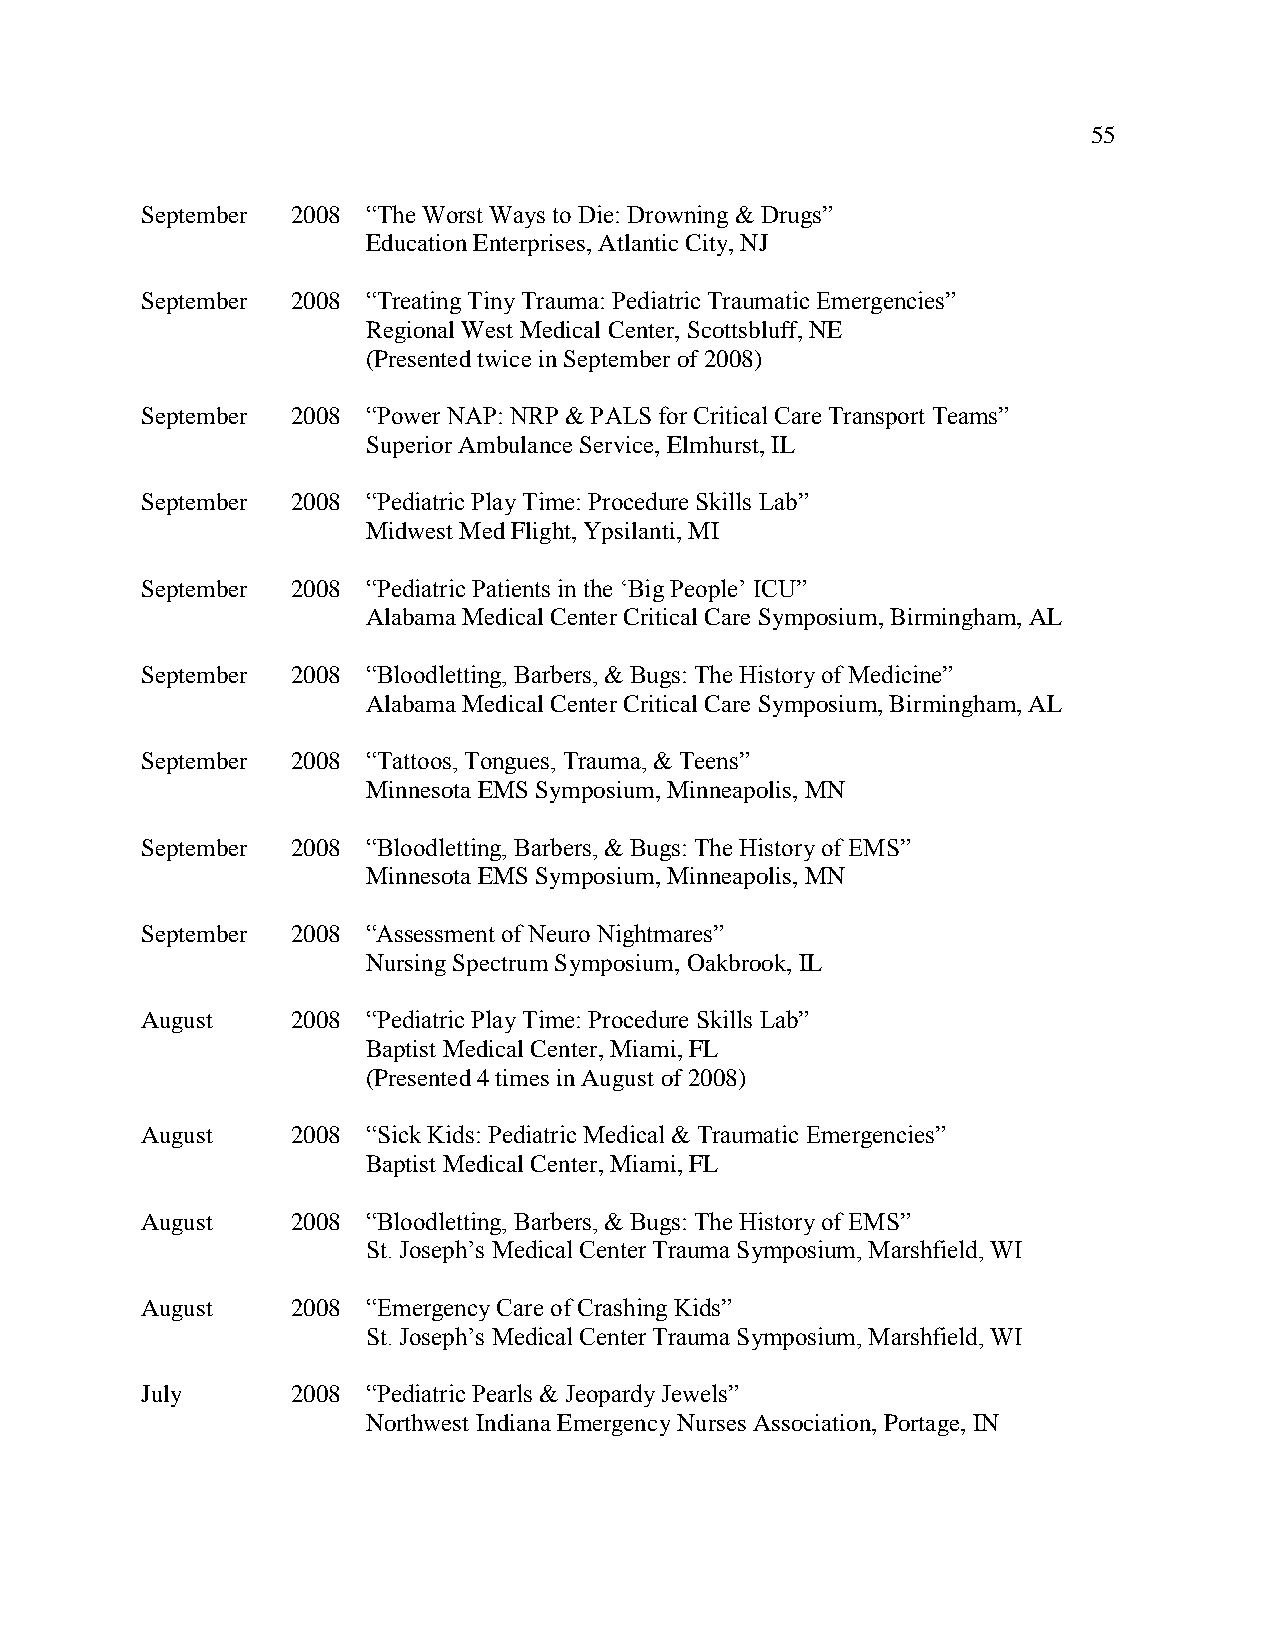
55
 September 2008 “The Worst Ways to Die: Drowning & Drugs”
 Education Enterprises, Atlantic City, NJ
 September 2008 “Treating Tiny Trauma: Pediatric Traumatic Emergencies”
 Regional West Medical Center, Scottsbluff, NE
 (Presented twice in September of 2008)
 September 2008 “Power NAP: NRP & PALS for Critical Care Transport Teams”
 Superior Ambulance Service, Elmhurst, IL
 September 2008 “Pediatric Play Time: Procedure Skills Lab”
 Midwest Med Flight, Ypsilanti, MI
 September 2008 “Pediatric Patients in the ‘Big People’ ICU”
 Alabama Medical Center Critical Care Symposium, Birmingham, AL
 September 2008 “Bloodletting, Barbers, & Bugs: The History of Medicine”
 Alabama Medical Center Critical Care Symposium, Birmingham, AL
 September 2008 “Tattoos, Tongues, Trauma, & Teens”
 Minnesota EMS Symposium, Minneapolis, MN
 September 2008 “Bloodletting, Barbers, & Bugs: The History of EMS”
 Minnesota EMS Symposium, Minneapolis, MN
 September 2008 “Assessment of Neuro Nightmares”
 Nursing Spectrum Symposium, Oakbrook, IL
 August    2008 “Pediatric Play Time: Procedure Skills Lab”
 Baptist Medical Center, Miami, FL
 (Presented 4 times in August of 2008)
 August    2008 “Sick Kids: Pediatric Medical & Traumatic Emergencies”
 Baptist Medical Center, Miami, FL
 August    2008 “Bloodletting, Barbers, & Bugs: The History of EMS”
 St. Joseph’s Medical Center Trauma Symposium, Marshfield, WI
 August    2008 “Emergency Care of Crashing Kids”
 St. Joseph’s Medical Center Trauma Symposium, Marshfield, WI
 July      2008 “Pediatric Pearls & Jeopardy Jewels”
 Northwest Indiana Emergency Nurses Association, Portage, IN